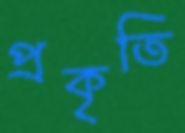
প্রকৃতি